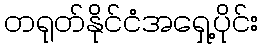
တရုတ်နိုင်ငံအရှေ့ပိုင်း